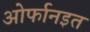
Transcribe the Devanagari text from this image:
ओर्फानइत